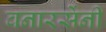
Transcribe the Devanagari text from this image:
वनारसेंनी